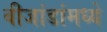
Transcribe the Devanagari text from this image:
बीजांडांमध्ये